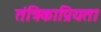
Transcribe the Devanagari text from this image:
तंत्रिकाप्रियता